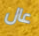
عال